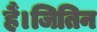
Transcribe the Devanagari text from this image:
हैं।जितिन